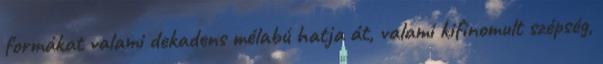
formákat valami dekadens mélabú hatja át, valami kifinomult szépség,